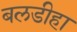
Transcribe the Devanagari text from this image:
बलडीहा